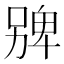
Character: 㗗